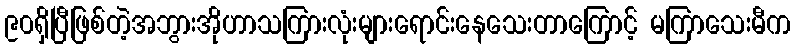
၉၀ရှိပြီဖြစ်တဲ့အဘွားအိုဟာသကြားလုံးများရောင်းနေသေးတာကြောင့် မကြာသေးမီက